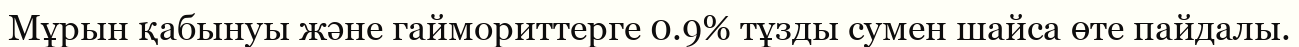
Мұрын қабынуы және гаймориттерге 0.9% тұзды сумен шайса өте пайдалы.